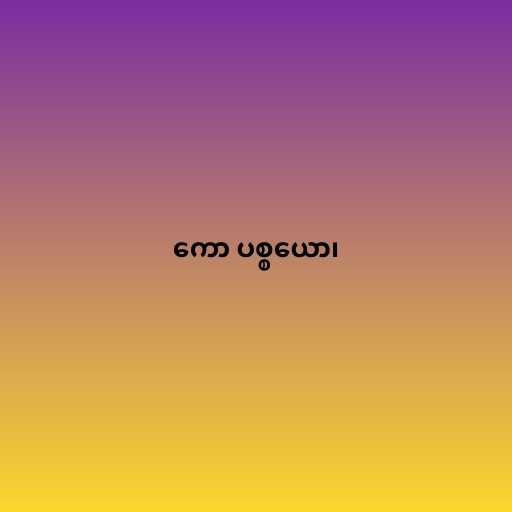
ကော ပစ္စယော၊